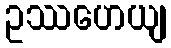
ဥဿဟေယျ